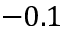
- 0 . 1